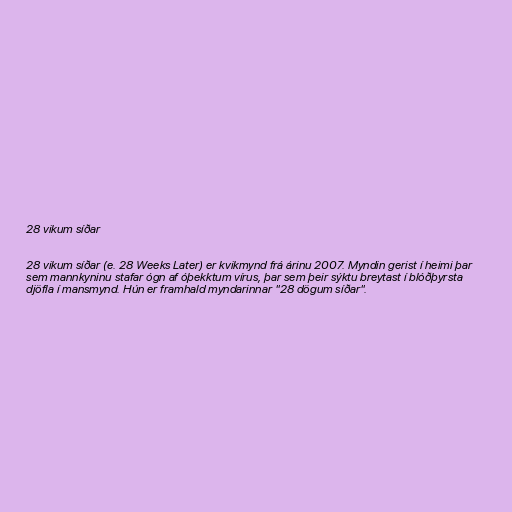
28 vikum síðar

28 vikum síðar (e. 28 Weeks Later) er kvikmynd frá árinu 2007. Myndin gerist í heimi þar
sem mannkyninu stafar ógn af óþekktum vírus, þar sem þeir sýktu breytast í blóðþyrsta
djöfla í mansmynd. Hún er framhald myndarinnar "28 dögum síðar".